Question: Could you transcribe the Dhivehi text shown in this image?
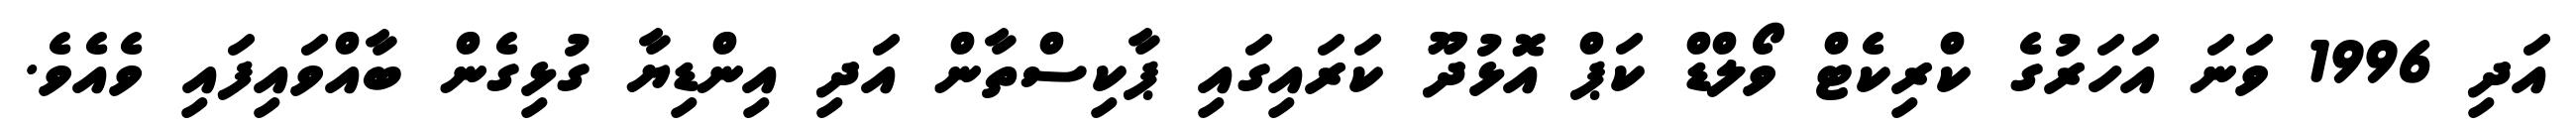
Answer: އަދި 1996 ވަނަ އަހަރުގެ ކްރިކެޓް ވޯލްޑް ކަޕް އޮޅުދޫ ކަރައިގައި ޕާކިސްތާން އަދި އިންޑިޔާ ގުޅިގެން ބާއްވައިފައި ވެއެވެ.